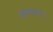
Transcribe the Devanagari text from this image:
अवलक्षण